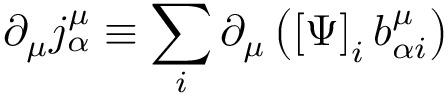
\partial _ { \mu } j _ { \alpha } ^ { \mu } \equiv \sum _ { i } \partial _ { \mu } \left( \left[ \Psi \right] _ { i } b _ { \alpha i } ^ { \mu } \right)